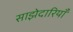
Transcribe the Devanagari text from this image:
साझेदारियाँ